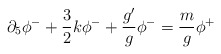
\begin{align*}\partial_5\phi^-+ \frac{3}{2}k \phi^- +\frac{g'}{g}\phi^-=\frac{m}{g}\phi^+\end{align*}